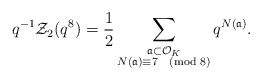
\begin{align*} q^{-1} \mathcal{Z}_2(q^8) = \frac{1}{2} \sum_{\substack{\frak{a} \subset \mathcal{O}_{K} \\ N(\frak{a}) \equiv 7 \pmod{8}}} q^{N(\frak{a})}.\end{align*}